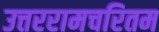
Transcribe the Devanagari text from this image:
उत्तररामचरितम